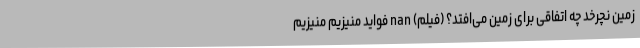
زمین نچرخد چه اتفاقی برای زمین می‌افتد؟ (فیلم) nan فواید منیزیم منیزیم